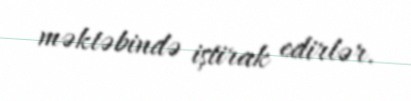
məktəbində iştirak edirlər.